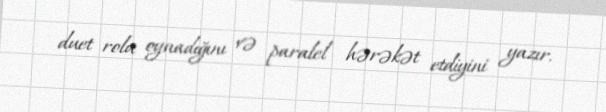
duet rolu oynadığını və paralel hərəkət etdiyini yazır.